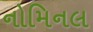
નોમિનલ